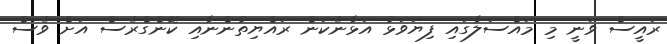
ރައީސް ވަނީ މި މައްސަލާގައި ފިޔަވަޅު އަޅާނެކަން ރައްޔިތުންނާއި ކޮންގްރެސް އަށް ވެސް